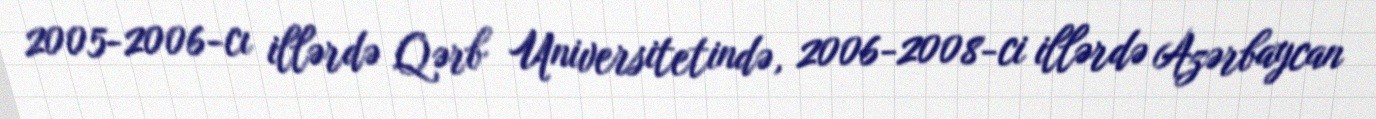
2005-2006-cı illərdə Qərb Universitetində, 2006-2008-ci illərdə Azərbaycan